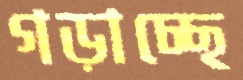
গড়াচ্ছে